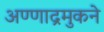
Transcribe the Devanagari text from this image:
अण्णाद्रमुकने